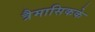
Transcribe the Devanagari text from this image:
त्रैमासिकके